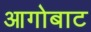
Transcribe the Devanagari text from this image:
आगोबाट